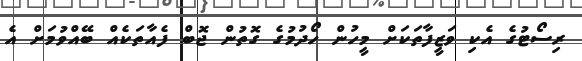
ރިސޯޓުގެ އެކި ވަޒީފާތަކަށް މީހުން ހޯދުމުގެ ގޮތުން ޖޮބް ފެއާތަކެއް ބޭއްވުމަށް އެ